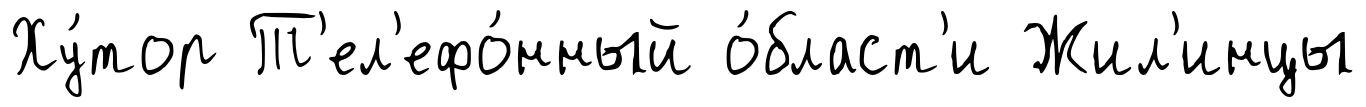
Ху́тор Т'ел'ефо́нный о́бласт'и Жил'инцы